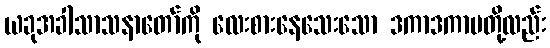
ယခုအခါသာသနာတော်ကို လေးစားနေသေးသော ဒကာဒကာမတို့လည်း